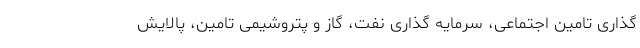
گذاری تامین اجتماعی، سرمایه گذاری نفت، گاز و پتروشیمی تامین، پالایش